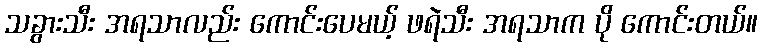
သခွားသီး အရသာလည်း ကောင်းပေမယ့် ဖရဲသီး အရသာက ပို ကောင်းတယ်။